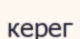
керег